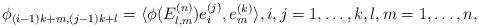
\begin{align*} \phi_{(i-1)k+m,(j-1)k+l}=\langle \phi(E_{l,m}^{(n)})e_{i}^{(j)},e_m^{(k)}\rangle,i,j=1,\ldots,k,\l,m=1,\ldots,n,\end{align*}